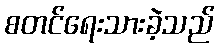
စတင်ရေးသားခဲ့သည်